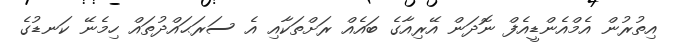
އިތުރުން އެމްއެންޑީއެފް ނޮދަން އޭރިއާގެ ބައެއް ރަށްތަކާއި އެ ސަރަޙައްދުތައް ހިމެނޭ ކަނޑުގެ